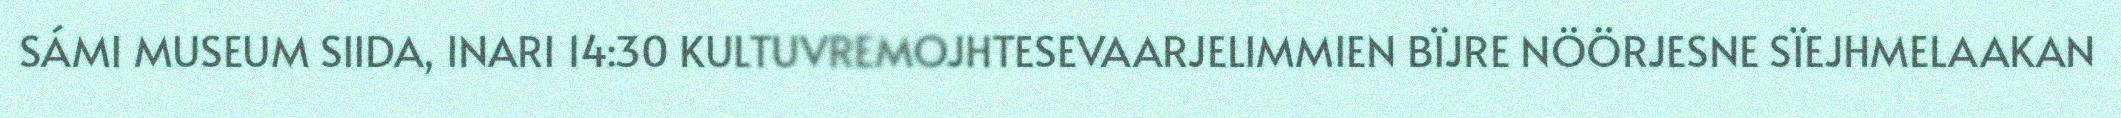
SÁMI MUSEUM SIIDA, INARI 14:30 KULTUVREMOJHTESEVAARJELIMMIEN BÏJRE NÖÖRJESNE SÏEJHMELAAKAN